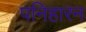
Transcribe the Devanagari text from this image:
पनिहारन